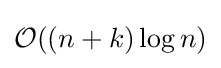
{\mathcal {O}}((n+k)\log n)